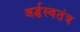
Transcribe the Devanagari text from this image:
अर्द्धस्वतंत्र